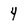
Character: 4